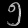
Digit: ၅